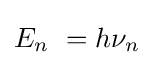
E_{n}\ =h\nu _{n}